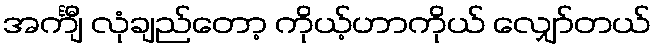
အင်္ကျီ လုံချည်တော့ ကိုယ့်ဟာကိုယ် လျှော်တယ်